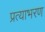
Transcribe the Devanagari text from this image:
प्रत्याभरण